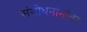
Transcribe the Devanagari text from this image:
संशोधनांनांतर